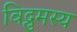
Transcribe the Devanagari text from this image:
विद्रुमस्य